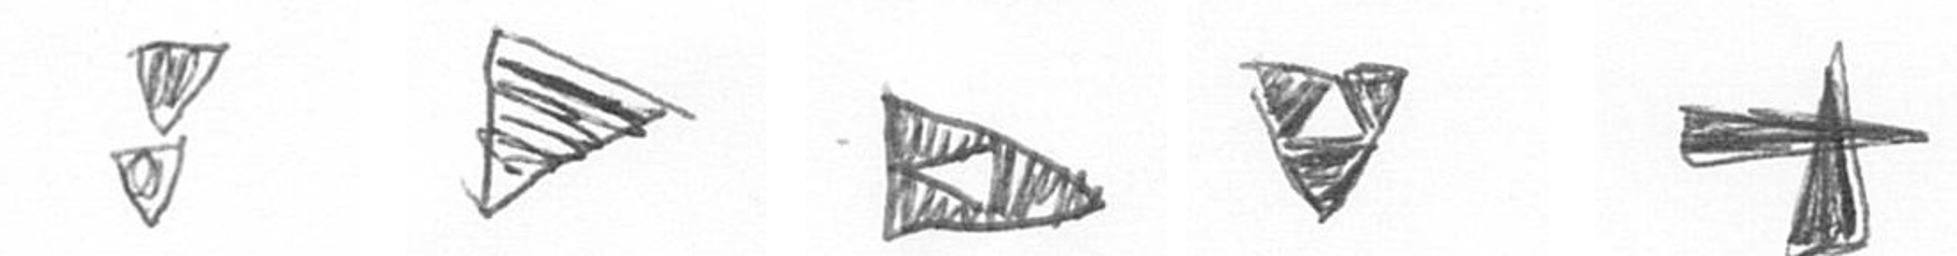
Z T K S G